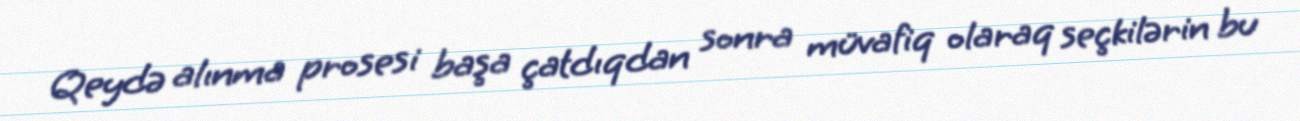
Qeydə alınma prosesi başa çatdıqdan sonra müvafiq olaraq seçkilərin bu